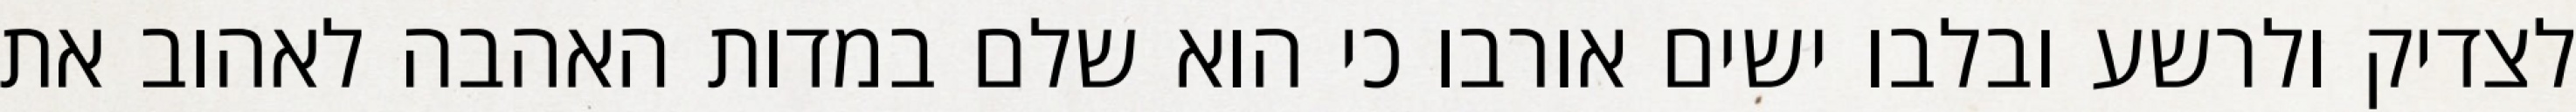
לצדיק ולרשע ובלבו ישים אורבו כי הוא שלם במדות האהבה לאהוב את